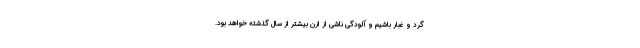
گرد و غبار باشیم و آلودگی ناشی از ازن بیشتر از سال گذشته خواهد بود.